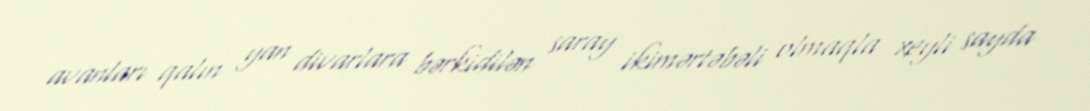
avanları qalın yan divarlara bərkidilən saray ikimərtəbəli olmaqla xeyli sayda